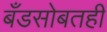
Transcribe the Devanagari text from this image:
बँडसोबतही